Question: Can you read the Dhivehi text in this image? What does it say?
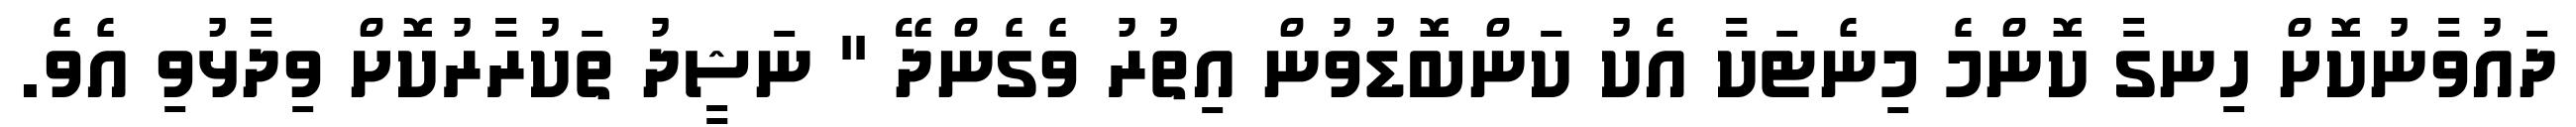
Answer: ދައުވާނުކޮށް ހިނގާ ކޮންމެ މިނެޓަކާ އެކު ކަންބޮޑުވުން އިތުރު ވެގެންދޭ " ނަޝީދު ތަކުރާރުކޮށް ވިދާޅުވި އެވެ.